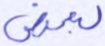
لبعض